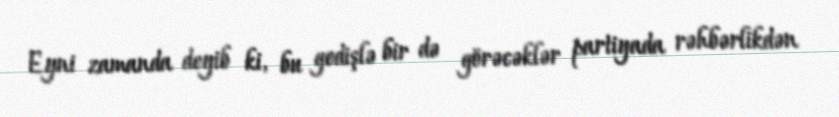
Eyni zamanda deyib ki, bu gedişlə bir də görəcəklər partiyada rəhbərlikdən